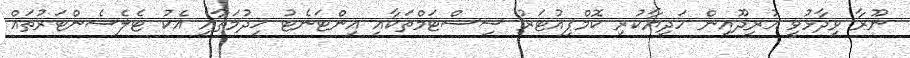
ނޫރާ ވިދާޅުވީ އުރީދޫއިން ހަދިޔާކުރި ކޮމްޕިއުޓަރު ސިސްޓަމްތަކާއި އިންޓަނެޓު ޚިދުމަތާއި އެކު ޓެލެސެންޓަރުތައް